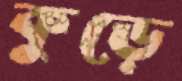
কুড়ে